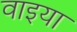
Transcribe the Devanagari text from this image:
वाइया